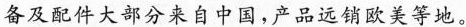
备及配件大部分来自中国，产品远销欧美等地。